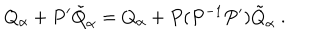
LaTeX: Q _ { \alpha } + P ^ { \prime } { \tilde { Q } } _ { \alpha } = Q _ { \alpha } + P ( P ^ { - 1 } P ^ { \prime } ) { \tilde { Q } } _ { \alpha } \ .